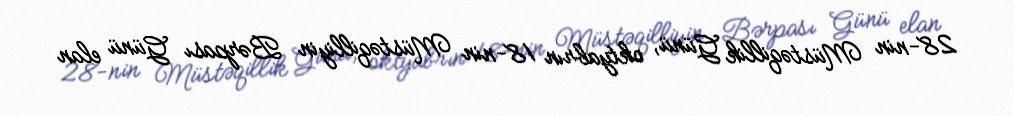
28-nin Müstəqillik Günü, oktyabrın 18-nin Müstəqilliyin Bərpası Günü elan